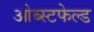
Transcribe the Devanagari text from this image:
ओब्स्टफेल्ड